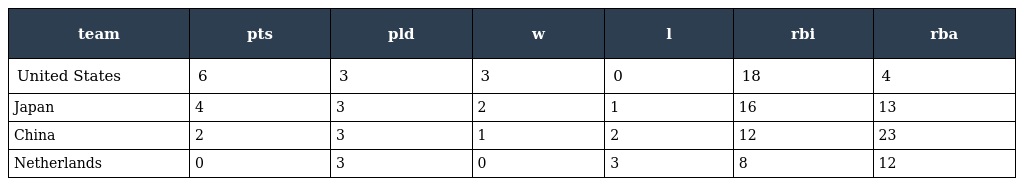
| team | pts | pld | w | l | rbi | rba |
 | --- | --- | --- | --- | --- | --- | --- |
 | United States | 6 | 3 | 3 | 0 | 18 | 4 |
 | Japan | 4 | 3 | 2 | 1 | 16 | 13 |
 | China | 2 | 3 | 1 | 2 | 12 | 23 |
 | Netherlands | 0 | 3 | 0 | 3 | 8 | 12 |